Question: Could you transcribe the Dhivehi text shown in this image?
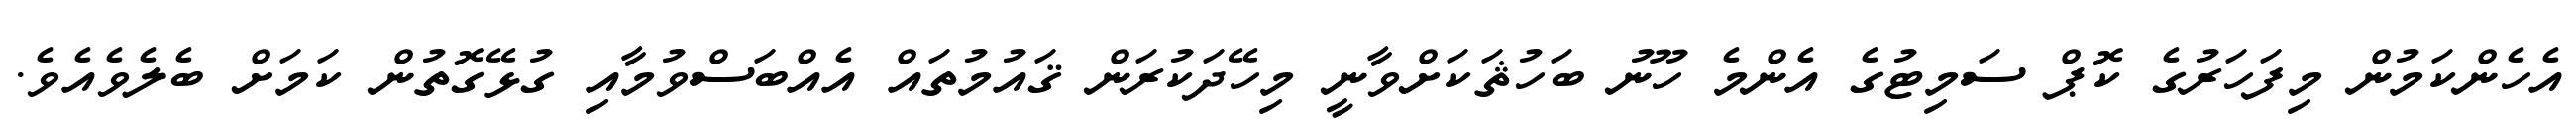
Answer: އެހެންކަމުން މިފަހަރުގެ ކޮޕް ސަމިޓުގެ އެންމެ ހޫނު ބަހުޘަކަށްވާނީ މިހޭދަކުރަން ޤައުމުތައް އެއްބަސްވުމާއި ގުޅޭގޮތުން ކަމަށް ބެލެވެއެވެ.